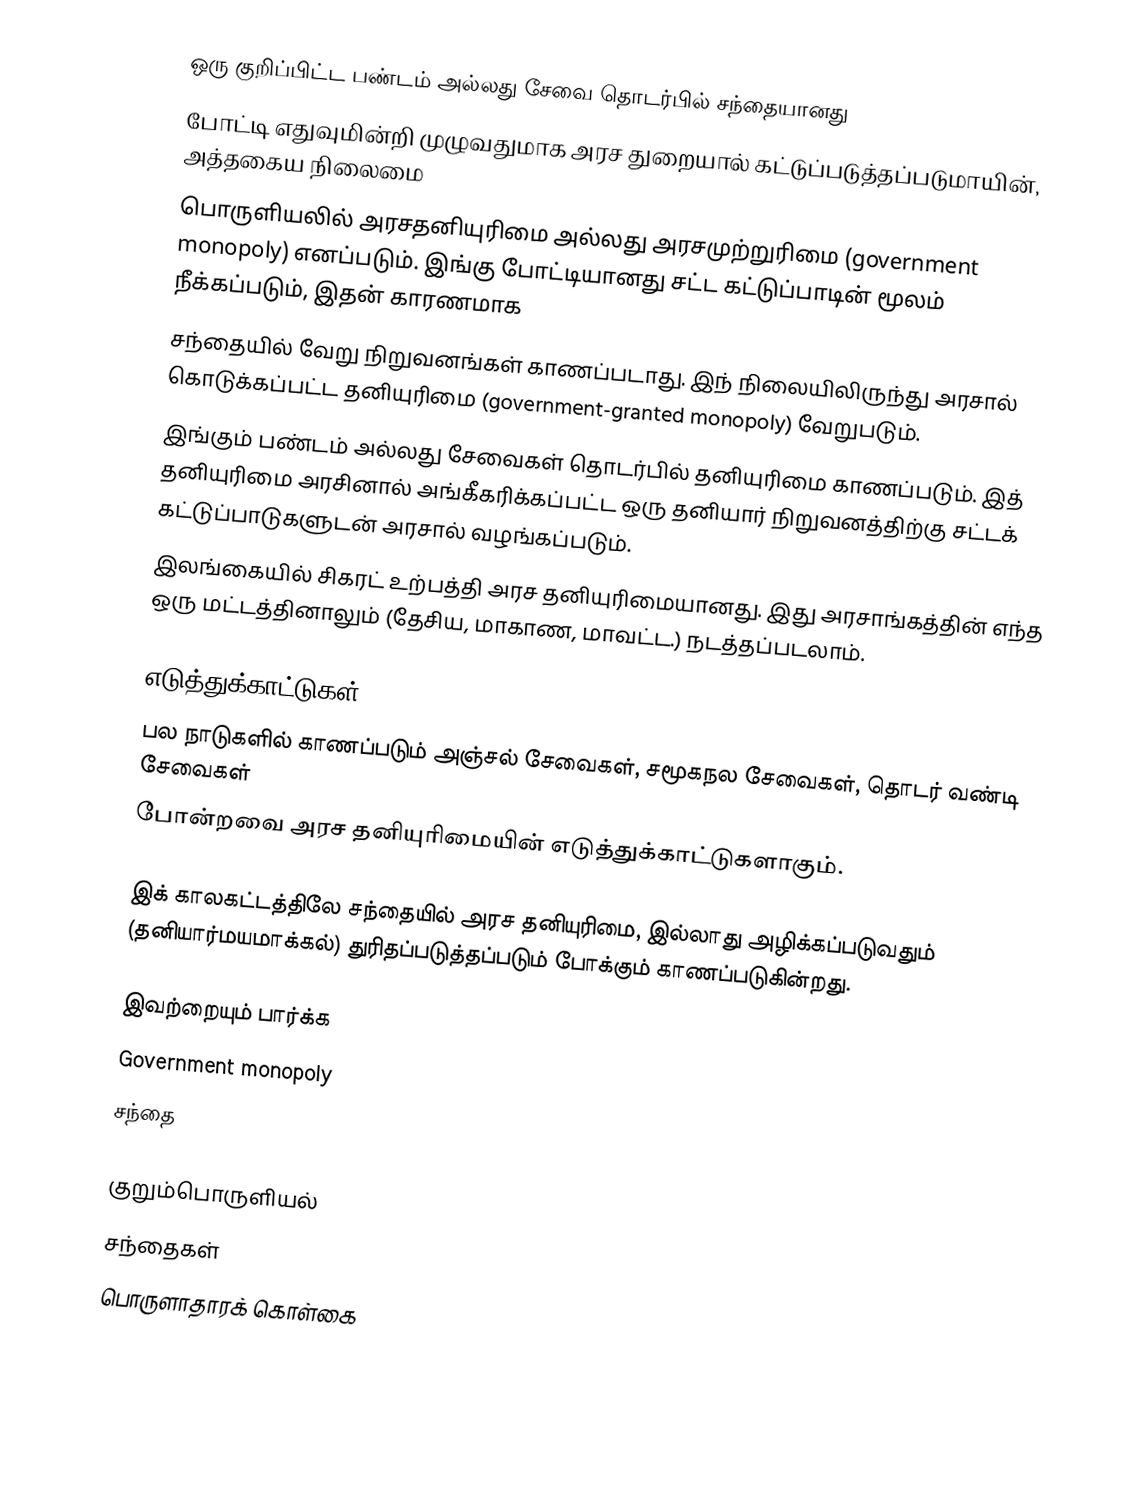
ஒரு குறிப்பிட்ட பண்டம் அல்லது சேவை தொடர்பில் சந்தையானது
போட்டி எதுவுமின்றி முழுவதுமாக அரச துறையால் கட்டுப்படுத்தப்படுமாயின், அத்தகைய நிலைமை
பொருளியலில் அரசதனியுரிமை அல்லது அரசமுற்றுரிமை (government monopoly) எனப்படும். இங்கு போட்டியானது சட்ட கட்டுப்பாடின் மூலம் நீக்கப்படும், இதன் காரணமாக
சந்தையில் வேறு நிறுவனங்கள் காணப்படாது. இந் நிலையிலிருந்து அரசால் கொடுக்கப்பட்ட தனியுரிமை (government-granted monopoly) வேறுபடும்.
இங்கும் பண்டம் அல்லது சேவைகள் தொடர்பில் தனியுரிமை காணப்படும். இத் தனியுரிமை அரசினால் அங்கீகரிக்கப்பட்ட ஒரு தனியார் நிறுவனத்திற்கு சட்டக் கட்டுப்பாடுகளுடன் அரசால் வழங்கப்படும்.
இலங்கையில் சிகரட் உற்பத்தி அரச தனியுரிமையானது. இது அரசாங்கத்தின் எந்த ஒரு மட்டத்தினாலும் (தேசிய, மாகாண, மாவட்ட.) நடத்தப்படலாம்.

எடுத்துக்காட்டுகள்
பல நாடுகளில் காணப்படும் அஞ்சல் சேவைகள், சமூகநல சேவைகள், தொடர் வண்டி சேவைகள்
போன்றவை அரச தனியுரிமையின் எடுத்துக்காட்டுகளாகும்.

இக் காலகட்டத்திலே சந்தையில் அரச தனியுரிமை, இல்லாது அழிக்கப்படுவதும் (தனியார்மயமாக்கல்) துரிதப்படுத்தப்படும் போக்கும் காணப்படுகின்றது.

இவற்றையும் பார்க்க
Government monopoly
சந்தை

குறும்பொருளியல்
சந்தைகள்
பொருளாதாரக் கொள்கை